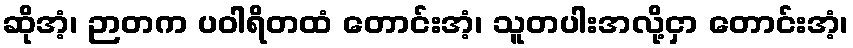
ဆိုအံ့၊ ဉာတက ပဝါရိတထံ တောင်းအံ့၊ သူတပါးအလို့ငှာ တောင်းအံ့၊